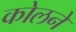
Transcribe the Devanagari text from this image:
कोलने